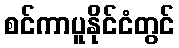
စင်ကာပူနိုင်ငံတွင်